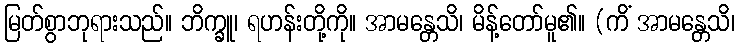
မြတ်စွာဘုရားသည်။ ဘိက္ခူ၊ ရဟန်းတို့ကို။ အာမန္တေသိ၊ မိန့်တော်မူ၏။ (ကိံ အာမန္တေသိ၊